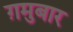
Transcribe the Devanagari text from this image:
ग़मुबार